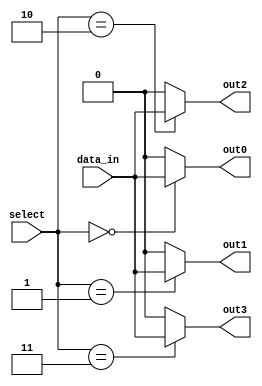
module demux_2to4 (
    input [1:0] select,
    input data_in,
    output reg out0,
    output reg out1,
    output reg out2,
    output reg out3
);

always @(*) begin
    out0 = (select == 2'b00) ? data_in : 1'b0;
    out1 = (select == 2'b01) ? data_in : 1'b0;
    out2 = (select == 2'b10) ? data_in : 1'b0;
    out3 = (select == 2'b11) ? data_in : 1'b0;
end

endmodule